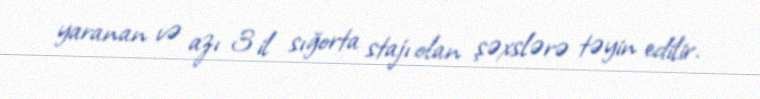
yaranan və azı 3 il sığorta stajı olan şəxslərə təyin edilir.